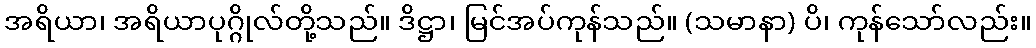
အရိယာ၊ အရိယာပုဂ္ဂိုလ်တို့သည်။ ဒိဋ္ဌာ၊ မြင်အပ်ကုန်သည်။ (သမာနာ) ပိ၊ ကုန်သော်လည်း။